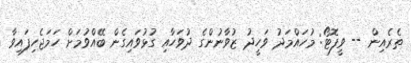
ތެރެއިން -- ވީފޮޓޯ: މުހައްމަދު ވަހީދު ޒުވާނުންގެ ދުވަހާއި ގުޅުވައިގެން ބޭއްވުމަށް ހަމަޖެހިފައިވާ